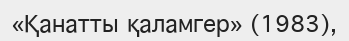
«Қанатты қаламгер» (1983),